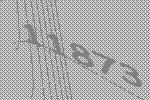
11873